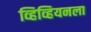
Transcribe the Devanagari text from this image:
व्हिव्हियनला